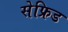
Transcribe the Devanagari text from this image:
सेफ्रिड